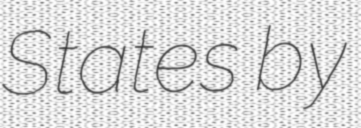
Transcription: States by